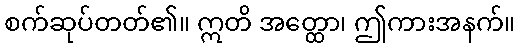
စက်ဆုပ်တတ်၏။ ဣတိ အတ္ထော၊ ဤကားအနက်။